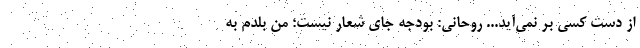
از دست کسی بر نمی‌آید... روحانی: بودجه جای شعار نیست؛ من بلدم به